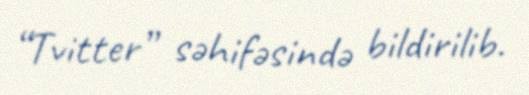
“Tvitter” səhifəsində bildirilib.